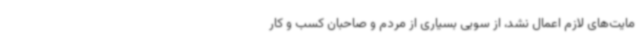
مایت‌های لازم اعمال نشد، از سویی بسیاری از مردم و صاحبان کسب و کار